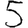
Digit: 5